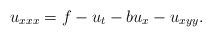
LaTeX: \begin{align*}u_{xxx} = f-u_t -bu_x -u_{xyy}.\end{align*}